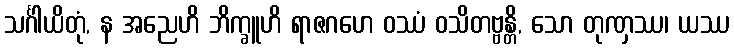
သင်္ဂါယိတုံ, န အညေဟိ ဘိက္ခူဟိ ရာဇဂဟေ ဝဿံ ဝသိတဗ္ဗန္တိ, သော တုဏှဿ၊ ယဿ